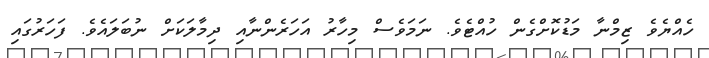
ހެއްޔެވެ ޒިމްނާ މަޑުކޮށްގެން ހުއްޓެވެ. ނަމަވެސް މިހާރު އަހަރެންނާއި ދިމާލަކަށް ނުބަލައެވެ. ފަހަރުގައި